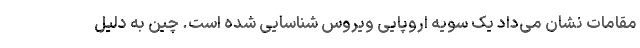
مقامات نشان می‌داد یک سویه اروپایی ویروس شناسایی شده است. چین به دلیل